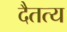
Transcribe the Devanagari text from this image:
दैतत्य